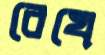
রেখে